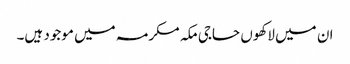
ان میں لاکھوں حاجی مکہ مکرمہ میں موجود ہیں۔